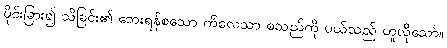
ပိုင်းခြား၍ သိခြင်း၏ ဘေးရန်စသော ကိလေသာ စသည်ကို ပယ်သည် ဟူလိုသော်။